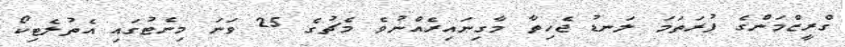
ގްރީޒްމަންގެ ފުރަތަމަ ލަނޑު ޖެހިތާ މާގިނައިރެއްނުވެ މެޗުގެ 25 ވަނަ މިނެޓުގައި އެތުލެޓިކޯ